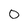
Character: 0